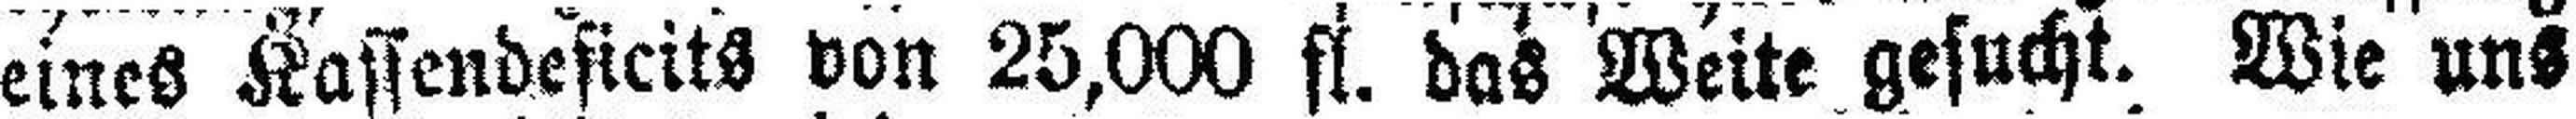
eines Kassendeficits von 25,000 fl. das Weite gesucht. Wie uns